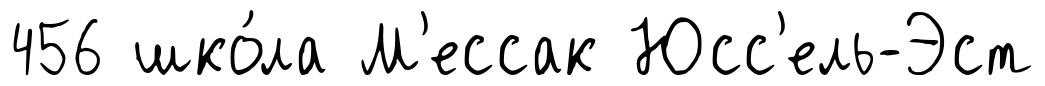
456 шко́ла М'ессак Юсс'ель-Эст